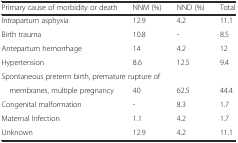
<table><thead><tr><td><b>Primary cause of morbidity or death</b></td><td><b>NNM (%)</b></td><td><b>NND (%)</b></td><td><b>Total</b></td></tr></thead><tbody><tr><td>Intrapartum asphyxia</td><td>12.9</td><td>4.2</td><td>11.1</td></tr><tr><td>Birth trauma</td><td>10.8</td><td>-</td><td>8.5</td></tr><tr><td>Antepartum hemorrhage</td><td>14</td><td>4.2</td><td>12</td></tr><tr><td>Hypertension</td><td>8.6</td><td>12.5</td><td>9.4</td></tr><tr><td colspan="4">Spontaneous preterm birth, premature rupture of</td></tr><tr><td> membranes, multiple pregnancy</td><td>40</td><td>62.5</td><td>44.4</td></tr><tr><td>Congenital malformation</td><td>-</td><td>8.3</td><td>1.7</td></tr><tr><td>Maternal Infection</td><td>1.1</td><td>4.2</td><td>1.7</td></tr><tr><td>Unknown</td><td>12.9</td><td>4.2</td><td>11.1</td></tr></tbody></table>